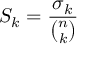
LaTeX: S _ { k } = { \frac { \sigma _ { k } } { \binom { n } { k } } }